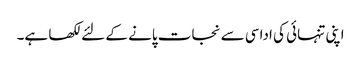
اپنی تنہائی کی اداسی سے نجات پانے کے لئے لکھا ہے۔